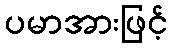
ပမာအားဖြင့်